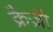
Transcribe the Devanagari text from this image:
क्रैज़ी